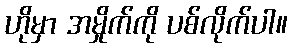
ဟိုမှာ အမှိုက်ကို ပစ်လိုက်ပါ။